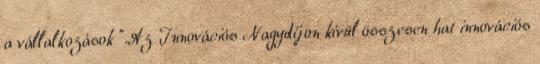
a vállalkozások ".Az Innovációs Nagydíjon kívül összesen hat innovációs